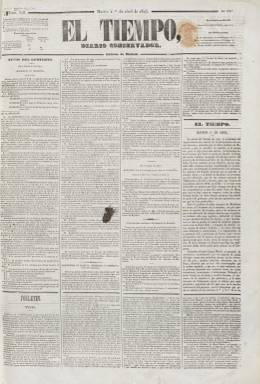
Título: El Tiempo (Madrid. 1844)
Colección: Periódicos anteriores a 1850
Ámbito geográfico: Madrid
Lugar de publicación: Madrid
Fechas: 01/04/1845-18/06/1847

Diario conservador es el subtítulo del periódico que funda y dirige el abogado, periodista y político de origen sevillano Manuel Moreno López (1815-1868), que lo adscribirá como órgano de la denominada tendencia “puritana” del Partido Moderado, situándose entre el grupo “ortodoxo” de Pedro José Pidal (1799-1865) y Alejandro Mon (1801-1882) y el liderado por el conde de San Luis -Luis José Sartorius (1820-1871)- y Ramón María Narváez (1800-1868). El diario aparecerá en mayo de 1844, precisamente coincidiendo con la asunción de la presidencia del Gobierno de este “espadón”, dando comienzo así a la denominada Década Moderada (1844-1854).

La colección de este título comienza con su entrega número 318, correspondiente al primero de abril de 1845, por lo que, erróneamente, se ha considerado esta como su fecha de aparición. En la misma se indica también que corresponde a su “edición de Madrid”, por lo que debió tirar otra para provincias. Salía todos los días, excepto, generalmente, los domingos (en provincias) y los lunes (en Madrid), ofreciendo en su lugar la revista pintoresca e ilustrada El Laberinto (1843-1845). En entregas de cuatro páginas y a cuatro columnas, que aumenta a cinco a partir del uno de junio de ese año, se estampa en la Imprenta de Boix, y después en una propia, a cargo de José Ferrer. Francisco Carvajal aparece como su editor responsable.

Es un diario informativo y doctrinal, al que Gómez Aparicio (1967) le titula como “o la oposición irreductible”, pues será no sólo “uno de los más duros y contumaces adversarios” de Narváez, sino del gobierno que le sustituirá, entre abril de 1846 y enero de 1847, presidido por Francisco Javier de Istúriz (1790-1871), precisamente uno de los principales líderes de los “puritanos”, que junto a Nicomedes Pastor Díaz (1811-1865) y Joaquín Francisco Pacheco (1808-1865), fueron partidarios de la permanencia de la consensuada -entre progresistas y moderados- Constitución de 1837, frente a la nueva conservadora que se establecerá en 1845.

Moreno López, que iniciará su carrera como diputado precisamente en 1846, llegará a modificar instantáneamente el subtítulo de su periódico como “diario de oposición” en la entrega número 625, del doce de abril de ese año, posicionándose así contra el propio gobierno Istúriz. Su periódico polemizará constantemente tanto con los diarios progresistas El Eco del comercio (1834-1849) y El Clamor público (1844-1864), como con los moderados, como fue el caso de El Español (1835-1848), que había fundado Andrés Borrego (1802-1891), y El Heraldo (1842-1854), fundado por el conde de San Luis.

Además del editorial, el diario está estructurado en secciones: Cortes, Parte oficial o Actos del gobierno; Correo extranjero o Boletín extranjero; Correspondencia de provincias o Boletín nacional; Noticias de la capital o Gacetilla de Madrid; Espíritu de la prensa, Variedades, Boletín de comercio, Parte religiosa, Teatros, Última hora y Anuncios. También publica un folletín, al principio en los faldones de las dos primeras planas, y después en las dos últimas, que a veces denominará Revista semanal.

Coincidiendo con el nuevo gobierno presidido, entre marzo y agosto de 1847, por otro “puritano”, como Joaquín Francisco Pacheco, el diario dejará de publicarse. El último número de la colección es el 991, correspondiente al 18 de junio de ese año. Según Hartzenbusch (1894), el último correspondería al día siguiente, 19 de junio. Su director y principal redactor, que nunca aparecerá como tal -Moreno López-, además de seguir siendo diputado liberal conservador, ocupará cargos políticos, llegando a ser en 1863 ministro de Hacienda y de Fomento, además de dirigir otros periódicos.